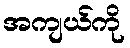
အကျယ်ကို